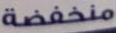
منخفضة